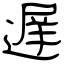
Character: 遅